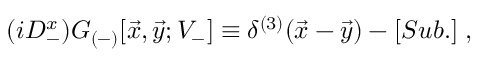
( i D _ { - } ^ { x } ) { \cal G } _ { ( - ) } [ { \vec { x } } , { \vec { y } } ; V _ { - } ] \equiv \delta ^ { ( 3 ) } ( { \vec { x } } - { \vec { y } } ) - [ S u b . ] \; ,